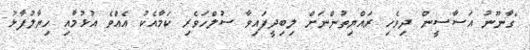
"ގާނޫނު އަސާސީން ދިވެހި ރައްޔިތުންނަށް ލިބިދީފައިވާ ސުލްހަވެރި ކަމާއެކު އެއްވެ އުޅުމާއި ހިޔާލުފާޅު